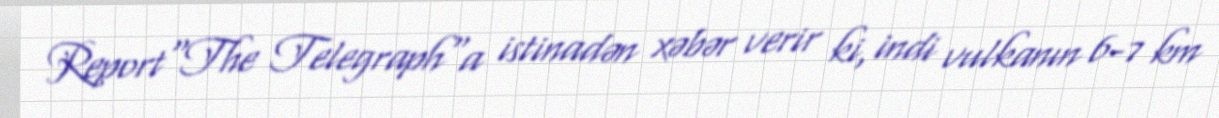
Report"The Telegraph"a istinadən xəbər verir ki, indi vulkanın 6-7 km